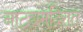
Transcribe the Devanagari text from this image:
नाट्यमंदिरात